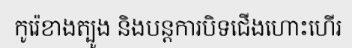
កូរ៉េខាងត្បូង និងបន្តការបិទជើងហោះហើរ